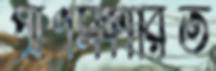
প্রাণসঞ্চারিত